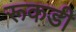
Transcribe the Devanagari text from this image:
रूकडी